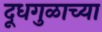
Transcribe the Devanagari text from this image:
दूधगुळाच्या